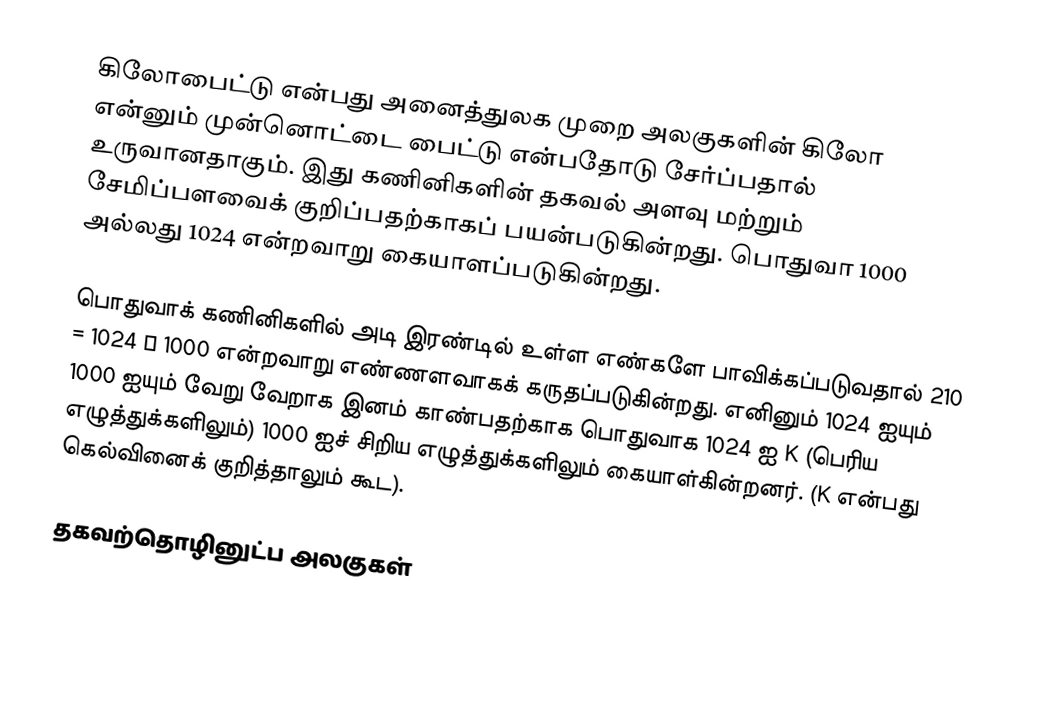
கிலோபைட்டு என்பது அனைத்துலக முறை அலகுகளின் கிலோ என்னும் முன்னொட்டை பைட்டு என்பதோடு சேர்ப்பதால் உருவானதாகும். இது கணினிகளின் தகவல் அளவு மற்றும் சேமிப்பளவைக் குறிப்பதற்காகப் பயன்படுகின்றது. பொதுவா 1000 அல்லது 1024 என்றவாறு கையாளப்படுகின்றது.

பொதுவாக் கணினிகளில் அடி இரண்டில் உள்ள எண்களே பாவிக்கப்படுவதால் 210 = 1024 ≈ 1000 என்றவாறு எண்ணளவாகக் கருதப்படுகின்றது. எனினும் 1024 ஐயும் 1000 ஐயும் வேறு வேறாக இனம் காண்பதற்காக பொதுவாக 1024 ஐ K (பெரிய எழுத்துக்களிலும்) 1000 ஐச் சிறிய எழுத்துக்களிலும் கையாள்கின்றனர். (K என்பது கெல்வினைக் குறித்தாலும் கூட).

தகவற்தொழினுட்ப அலகுகள்